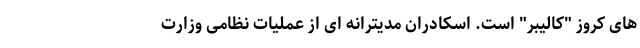
های کروز "کالیبر" است. اسکادران مدیترانه ای از عملیات نظامی وزارت